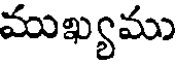
ముఖ్యము